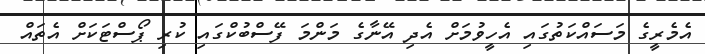
އެމެރީގެ މަސައްކަތުގައި އެހީވުމަށް އެދި އޭނާގެ މަންމަ ފޭސްބުކްގައި ކުރި ޕޯސްޓަކަށް އެތައް